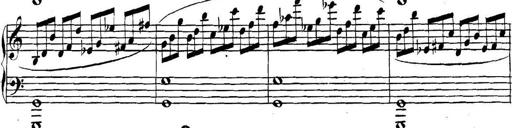
Title: Collected Piano Sonatas
Composer: Muzio Clementi